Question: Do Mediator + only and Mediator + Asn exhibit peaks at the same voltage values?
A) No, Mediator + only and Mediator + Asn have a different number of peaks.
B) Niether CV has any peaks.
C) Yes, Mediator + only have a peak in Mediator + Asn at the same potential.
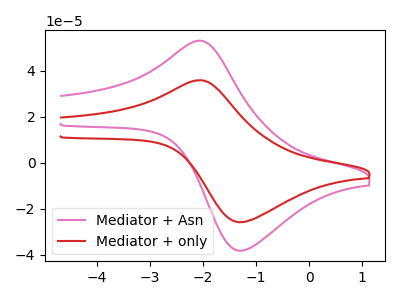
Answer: <think>The pink curve "Mediator + Asn" has an anodic peak at (-2.10V, 52.95uA) and a cathodic peak at (-1.25V, -38.25uA). The red curve "Mediator + only" has an anodic peak at (-2.10V, 35.80uA) and a cathodic peak at (-1.25V, -25.85uA).</think>
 <answer>C) Yes, "Mediator + only" have a peak in "Mediator + Asn" at the same potential.</answer>
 <eval>C</eval>